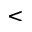
<